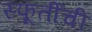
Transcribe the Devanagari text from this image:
स्फूर्तीची